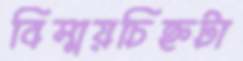
বিস্ময়চিহ্নটা